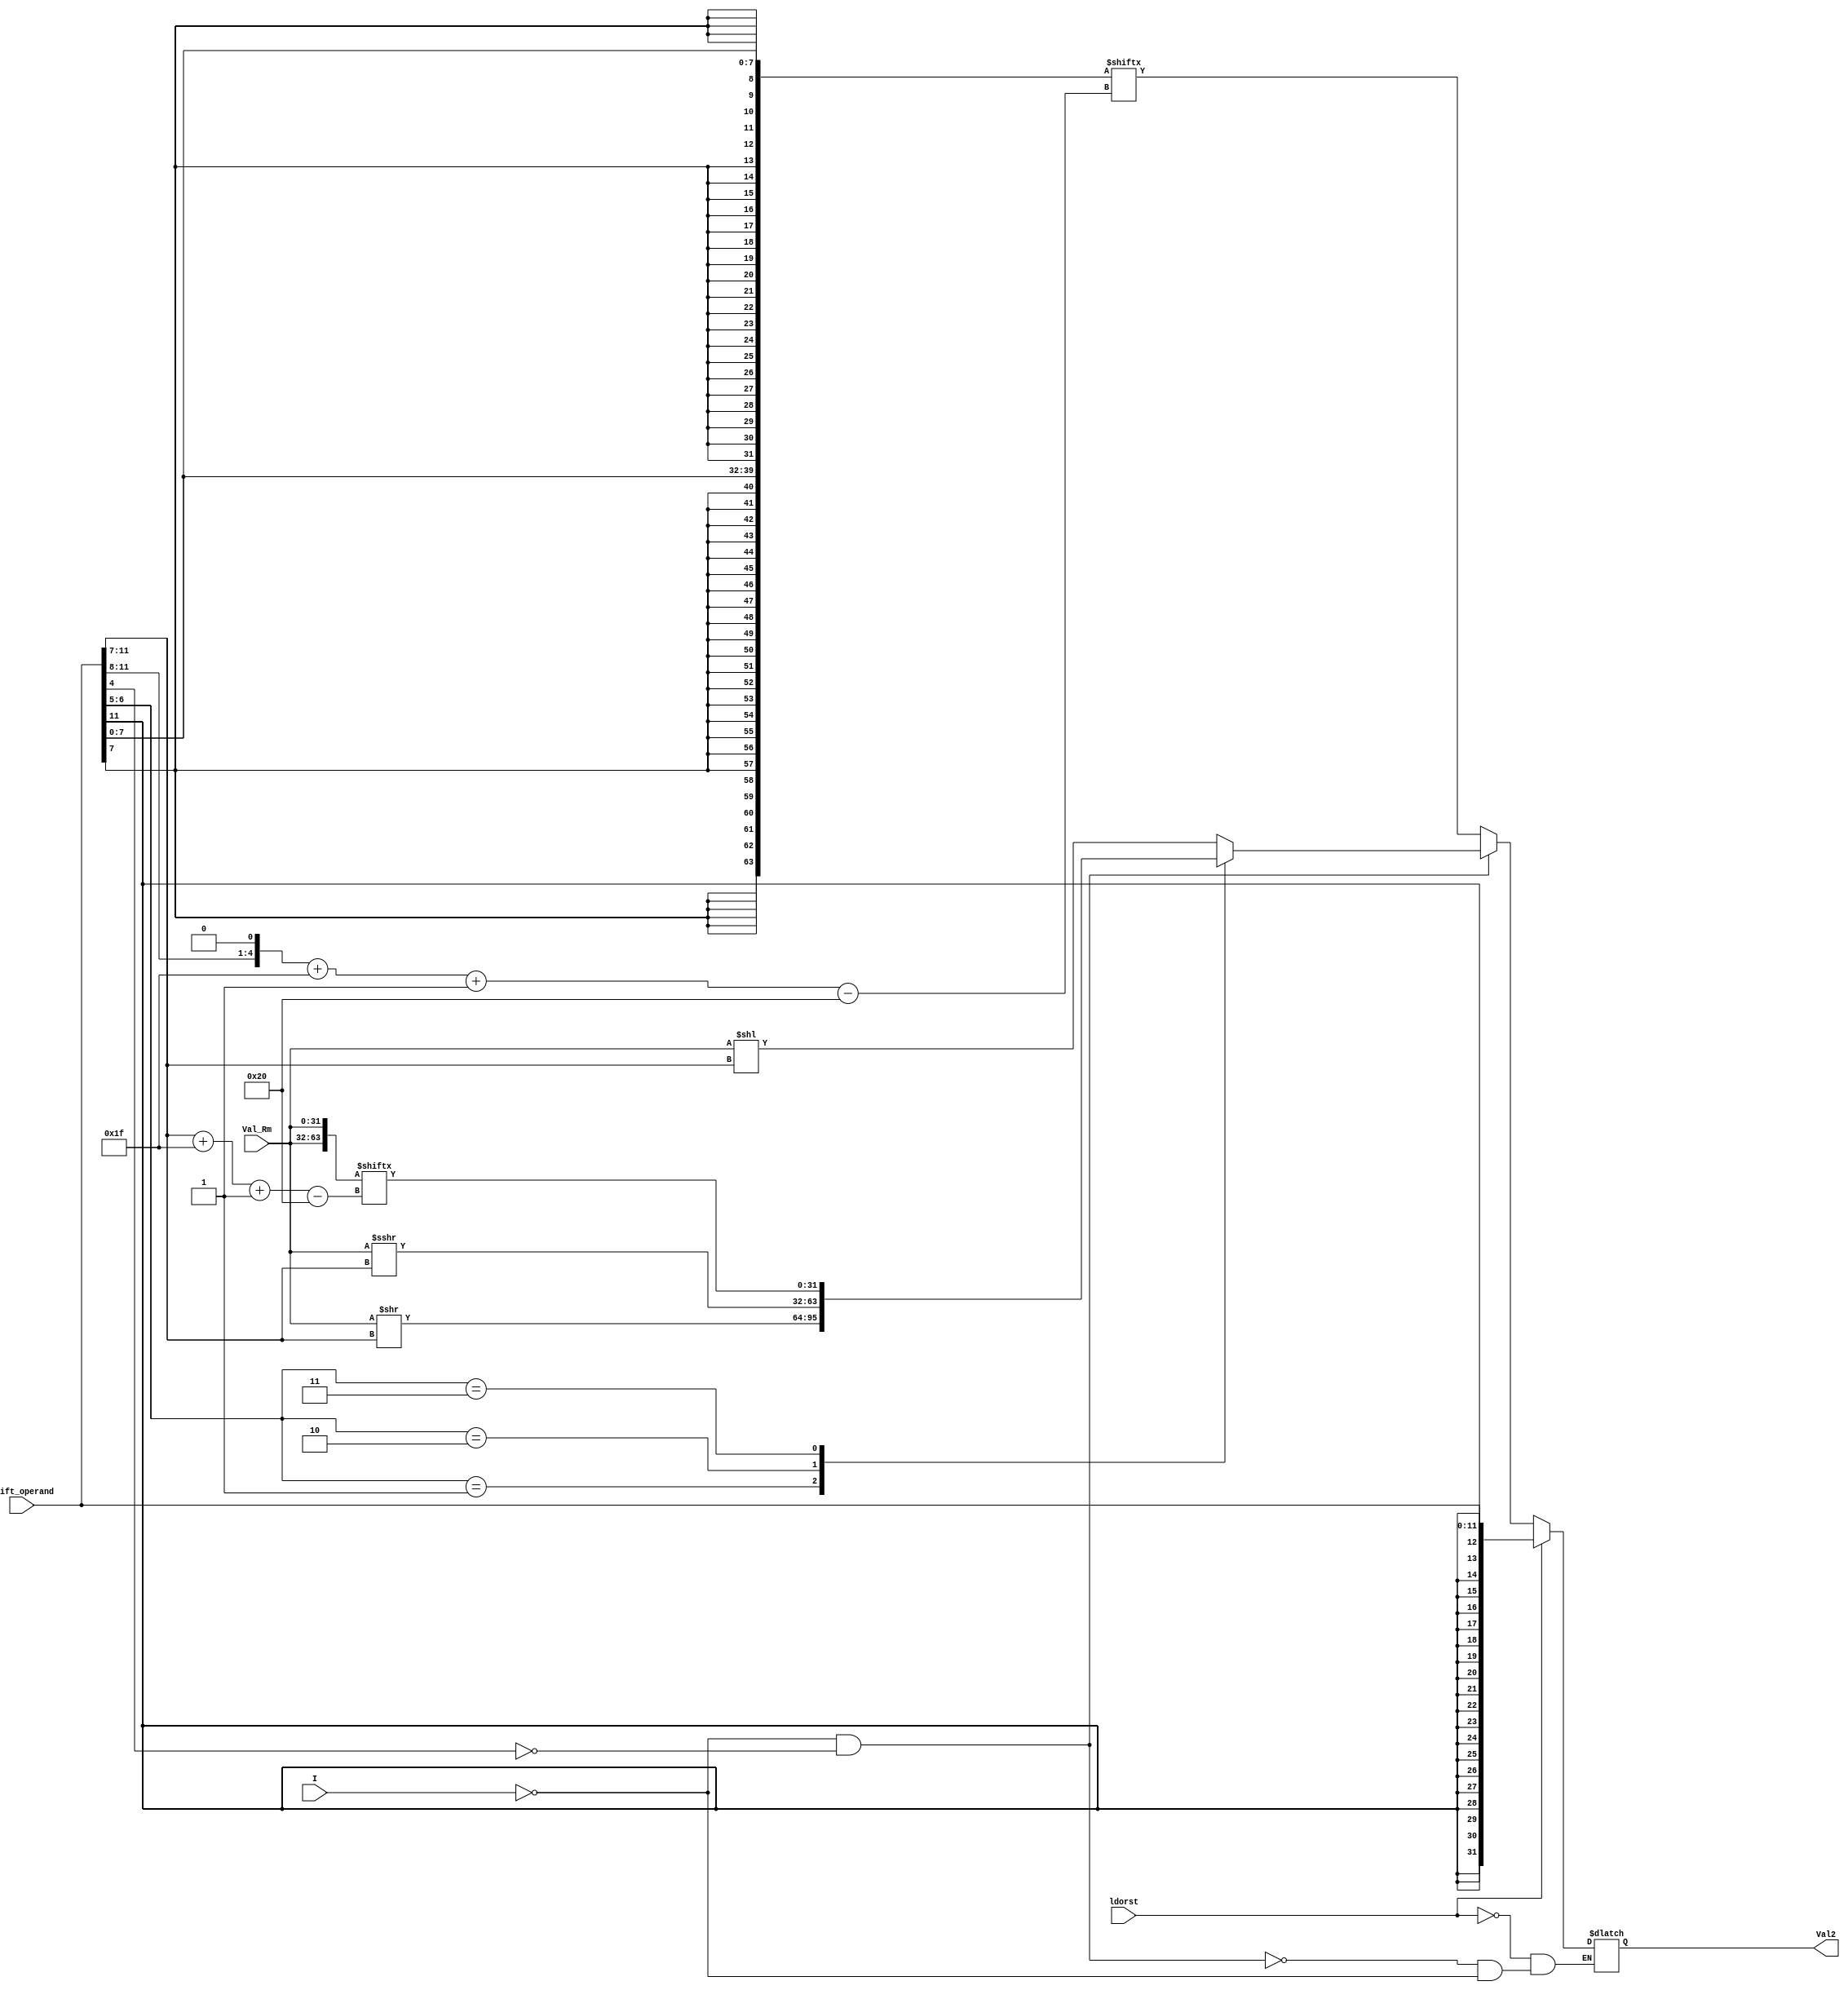
module val2gen  (shift_operand,Val_Rm,ldorst,I,Val2);
 
input ldorst,I; 
input [11:0] shift_operand;
input [31:0]  Val_Rm;
output reg [31:0] Val2;

  reg [63:0] rotate_wire;
  reg [63:0] immd;
  reg [4:0] shift_im;
  reg [4:0] rotate_im;

always@(shift_operand,I,Val_Rm,ldorst)

  begin
    immd = {{24{shift_operand[7]}} , shift_operand[7:0] , {24{shift_operand[7]}} , shift_operand[7:0]};
    rotate_im = {shift_operand[11:8] , 1'b0};
    rotate_wire = {Val_Rm , Val_Rm};
    shift_im = shift_operand[11:7];
    if(ldorst == 1'b1) begin
      Val2 <= {{20{shift_operand[11]}}, shift_operand};
    end
    else if(I == 1'b0 && shift_operand[4] == 1'b0) begin
      case(shift_operand[6:5])
        2'b00 : Val2 <= (Val_Rm << shift_operand[11:7]);
        2'b01 : Val2 <= (Val_Rm >> shift_operand[11:7]);
        2'b10 : Val2 <= (Val_Rm >>> shift_operand[11:7]);
        2'b11 : Val2 <= (rotate_wire[shift_im+31-:32]);
      endcase
    end
    else if(I == 1'b1) begin      
      Val2 <= immd[rotate_im+31-:32];
    end
  end
    
   
endmodule